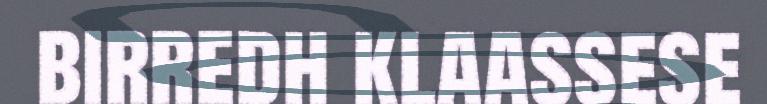
birredh klaassese